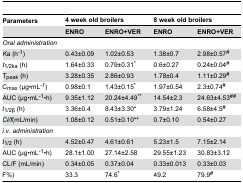
<table><thead><tr><td><b>Parameters</b></td><td colspan="2"><b>4 week old broilers</b></td><td colspan="2"><b>8 week old broilers</b></td></tr><tr><td></td><td><b>ENRO</b></td><td><b>ENRO+VER</b></td><td><b>ENRO</b></td><td><b>ENRO+VER</b></td></tr></thead><tbody><tr><td colspan="5"><i>Oral administration</i></td></tr><tr><td><i>K</i>a (h<sup>-1</sup>)</td><td>0.43±0.09</td><td>1.02±0.53</td><td>1.38±0.7</td><td>2.98±0.57<sup>#</sup></td></tr><tr><td><i>t</i><sub>1/2ka</sub> (h)</td><td>1.64±0.33</td><td>0.79±0.31<sup>*</sup></td><td>0.6±0.27</td><td>0.24±0.04<sup>#</sup></td></tr><tr><td>T<sub>peak</sub> (h)</td><td>3.28±0.35</td><td>2.86±0.93</td><td>1.78±0.4</td><td>1.11±0.29<sup>#</sup></td></tr><tr><td>C<sub>max</sub> (μg•mL<sup>-1</sup>)</td><td>0.98±0.1</td><td>1.43±0.15<sup>*</sup></td><td>1.97±0.54</td><td>2.3±0.74<sup>#</sup></td></tr><tr><td>AUC (μg•mL<sup>-1</sup>•h)</td><td>9.35±1.12</td><td>20.24±4.49<sup>**</sup></td><td>14.54±2.3</td><td>24.63±4.53<sup>##</sup></td></tr><tr><td><i>t</i><sub>1/2β</sub> (h)</td><td>3.36±0.4</td><td>8.43±3.30*</td><td>3.79±1.24</td><td>6.58±4.5<sup>#</sup></td></tr><tr><td><i>Cl/f</i>(mL/min)</td><td>1.08±0.12</td><td>0.51±0.10**</td><td>0.7±0.10</td><td>0.54±0.27</td></tr><tr><td colspan="5"><i>i.v. administration</i></td></tr><tr><td><i>t</i><sub>1/2</sub> (h)</td><td>4.52±0.47</td><td>4.61±0.61</td><td>5.23±1.5</td><td>7.15±2.14</td></tr><tr><td>AUC (μg•mL<sup>-1</sup>•h)</td><td>28.1±1.00</td><td>27.14±2.58</td><td>29.55±1.23</td><td>30.83±3.12</td></tr><tr><td>CL/F (mL/min)</td><td>0.34±0.05</td><td>0.37±0.04</td><td>0.33±0.013</td><td>0.33±0.03</td></tr><tr><td>F(%)</td><td>33.3</td><td>74.6<sup>*</sup></td><td>49.2</td><td>79.9<sup>#</sup></td></tr></tbody></table>